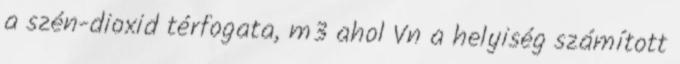
a szén-dioxid térfogata, m3 ahol Vn a helyiség számított